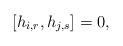
LaTeX: \begin{align*}[h_{i,r}, h_{j,s}] = 0, \end{align*}